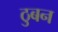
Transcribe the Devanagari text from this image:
ठुबन